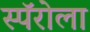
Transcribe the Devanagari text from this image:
स्पॅरोला